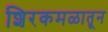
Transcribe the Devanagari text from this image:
शिरकमळातून